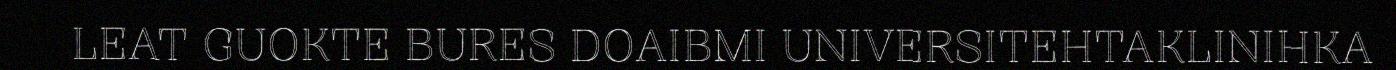
LEAT GUOKTE BURES DOAIBMI UNIVERSITEHTAKLINIHKA